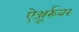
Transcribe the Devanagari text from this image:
ऐञ्जूर्रुवर